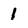
Character: 1